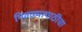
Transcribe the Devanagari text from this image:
पिवळ्यापाठीचा